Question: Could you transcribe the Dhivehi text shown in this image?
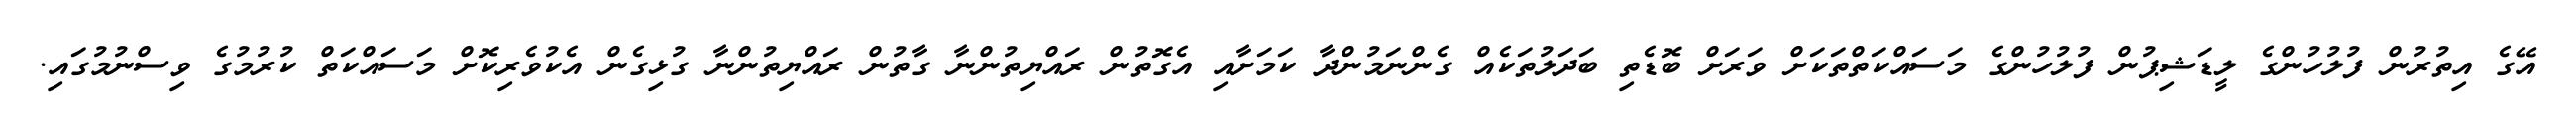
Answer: އޭގެ އިތުރުން ފުލުހުންގެ ލީޑަޝިޕުން ފުލުހުންގެ މަސައްކަތްތަކަށް ވަރަށް ބޮޑެތި ބަދަލުތަކެއް ގެންނަމުންދާ ކަމަށާއި އެގޮތުން ރައްޔިތުންނާ ގާތުން ރައްޔިތުންނާ ގުޅިގެން އެކުވެރިކޮށް މަސައްކަތް ކުރުމުގެ ވިސްނުމުގައި.